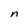
Character: n